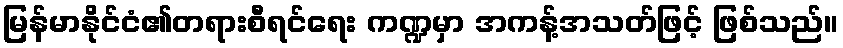
မြန်မာနိုင်ငံ၏တရားစီရင်ရေး ကဏ္ဍမှာ အကန့်အသတ်ဖြင့် ဖြစ်သည်။